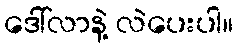
ဒေါ်လာနဲ့ လဲပေးပါ။